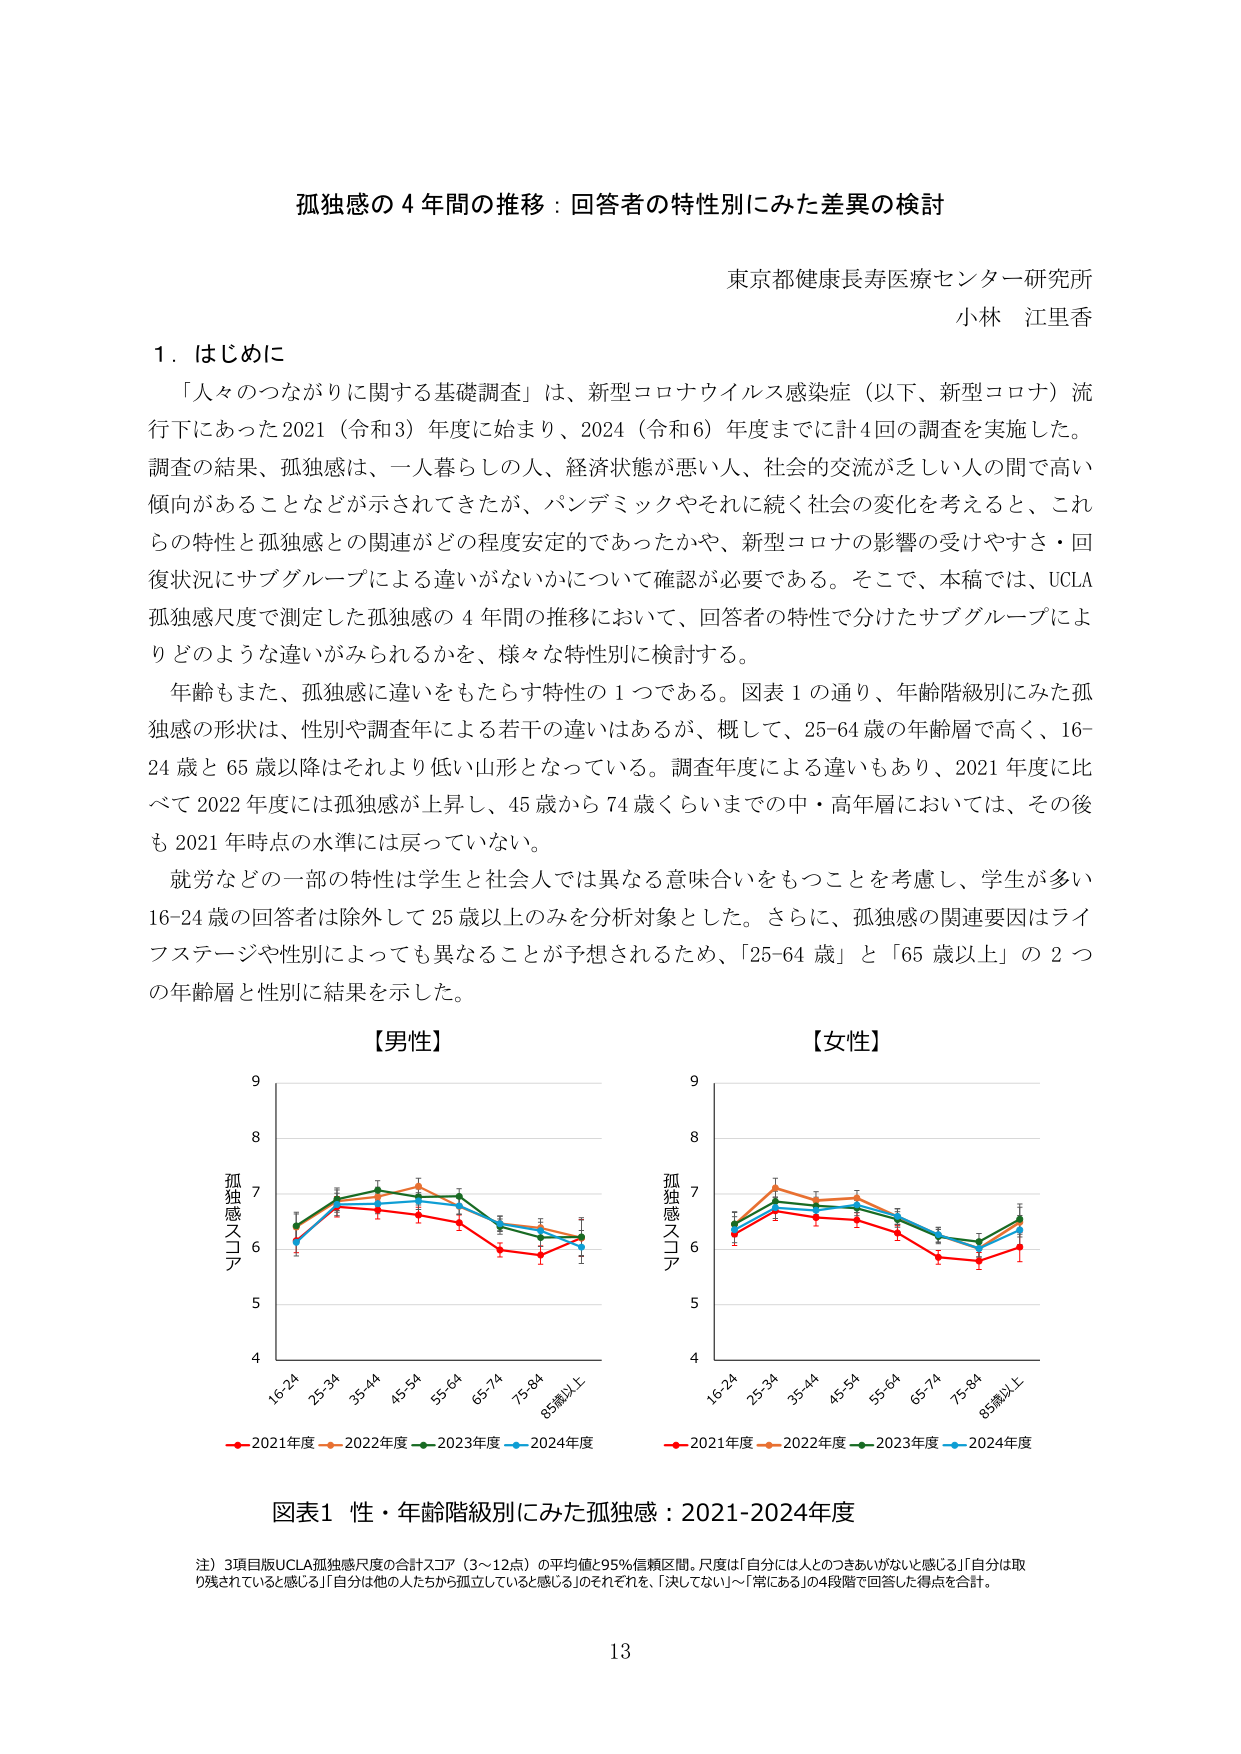
孤独感の４年間の推移：回答者の特性別にみた差異の検討

東京都健康長寿医療センター研究所
小林 江里香

１．はじめに
「人々のつながりに関する基礎調査」は、新型コロナウイルス感染症（以下、新型コロナ）流行下にあった2021（令和3）年度に始まり、2024（令和6）年度までに計4回の調査を実施した。調査の結果、孤独感は、一人暮らしの人、経済状態が悪い人、社会的交流が乏しい人の間で高い傾向があることなどが示されてきたが、パンデミックやそれに続く社会の変化を考えると、これらの特性と孤独感との関連がどの程度安定的であったかや、新型コロナの影響の受けやすさ・回復状況にサブグループによる違いがないかについて確認が必要である。そこで、本稿では、UCLA孤独感尺度で測定した孤独感の４年間の推移において、回答者の特性で分けたサブグループによりどのような違いがみられるかを、様々な特性別に検討する。

年齢もまた、孤独感に違いをもたらす特性の１つである。図表１の通り、年齢階級別にみた孤独感の形状は、性別や調査年による若干の違いはあるが、概して、25-64歳の年齢層で高く、16-24歳と65歳以降はそれより低い山形となっている。調査年度による違いもあり、2021年度に比べて2022年度には孤独感が上昇し、45歳から74歳くらいまでの中・高年層においては、その後も2021年時点の水準には戻っていない。

就労などの一部の特性は学生と社会人では異なる意味合いをもつことを考慮し、学生が多い16-24歳の回答者は除外して25歳以上のみを分析対象とした。さらに、孤独感の関連要因はライフステージや性別によっても異なることが予想されるため、「25-64歳」と「65歳以上」の２つの年齢層と性別に結果を示した。

【男性】
【女性】

（グラフの縦軸：孤独感スコア 4～9）
（グラフの横軸：16-24, 25-34, 35-44, 45-54, 55-64, 65-74, 75-84, 85歳以上）
（凡例：赤：2021年度、橙：2022年度、緑：2023年度、青：2024年度）

図表1 性・年齢階級別にみた孤独感：2021-2024年度

注）3項目版UCLA孤独感尺度の合計スコア（3～12点）の平均値と95%信頼区間。尺度は「自分には人とどのつきあいがないと感じる」「自分は取り残されていると感じる」「自分は他の人たちから孤立していると感じる」のそれぞれを、「決してない」～「常にあり」の4段階で回答した得点を合計。

13